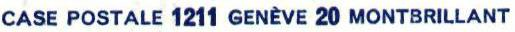
CASE POSTALE 1211 GENÈVE 20 MONTBRILLANT